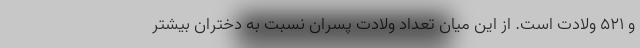
و ۵۲۱ ولادت است. از این میان تعداد ولادت پسران نسبت به دختران بیشتر